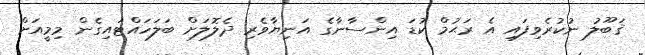
ޤަބޫލު ނުކުރެވިފައި އެ ރަޙުމް ކުޑަ އިންސާނާގެ އަނިޔާވެރި ދެލޮލަށް ބަލަހައްޓައިގެން މިމީއަށް